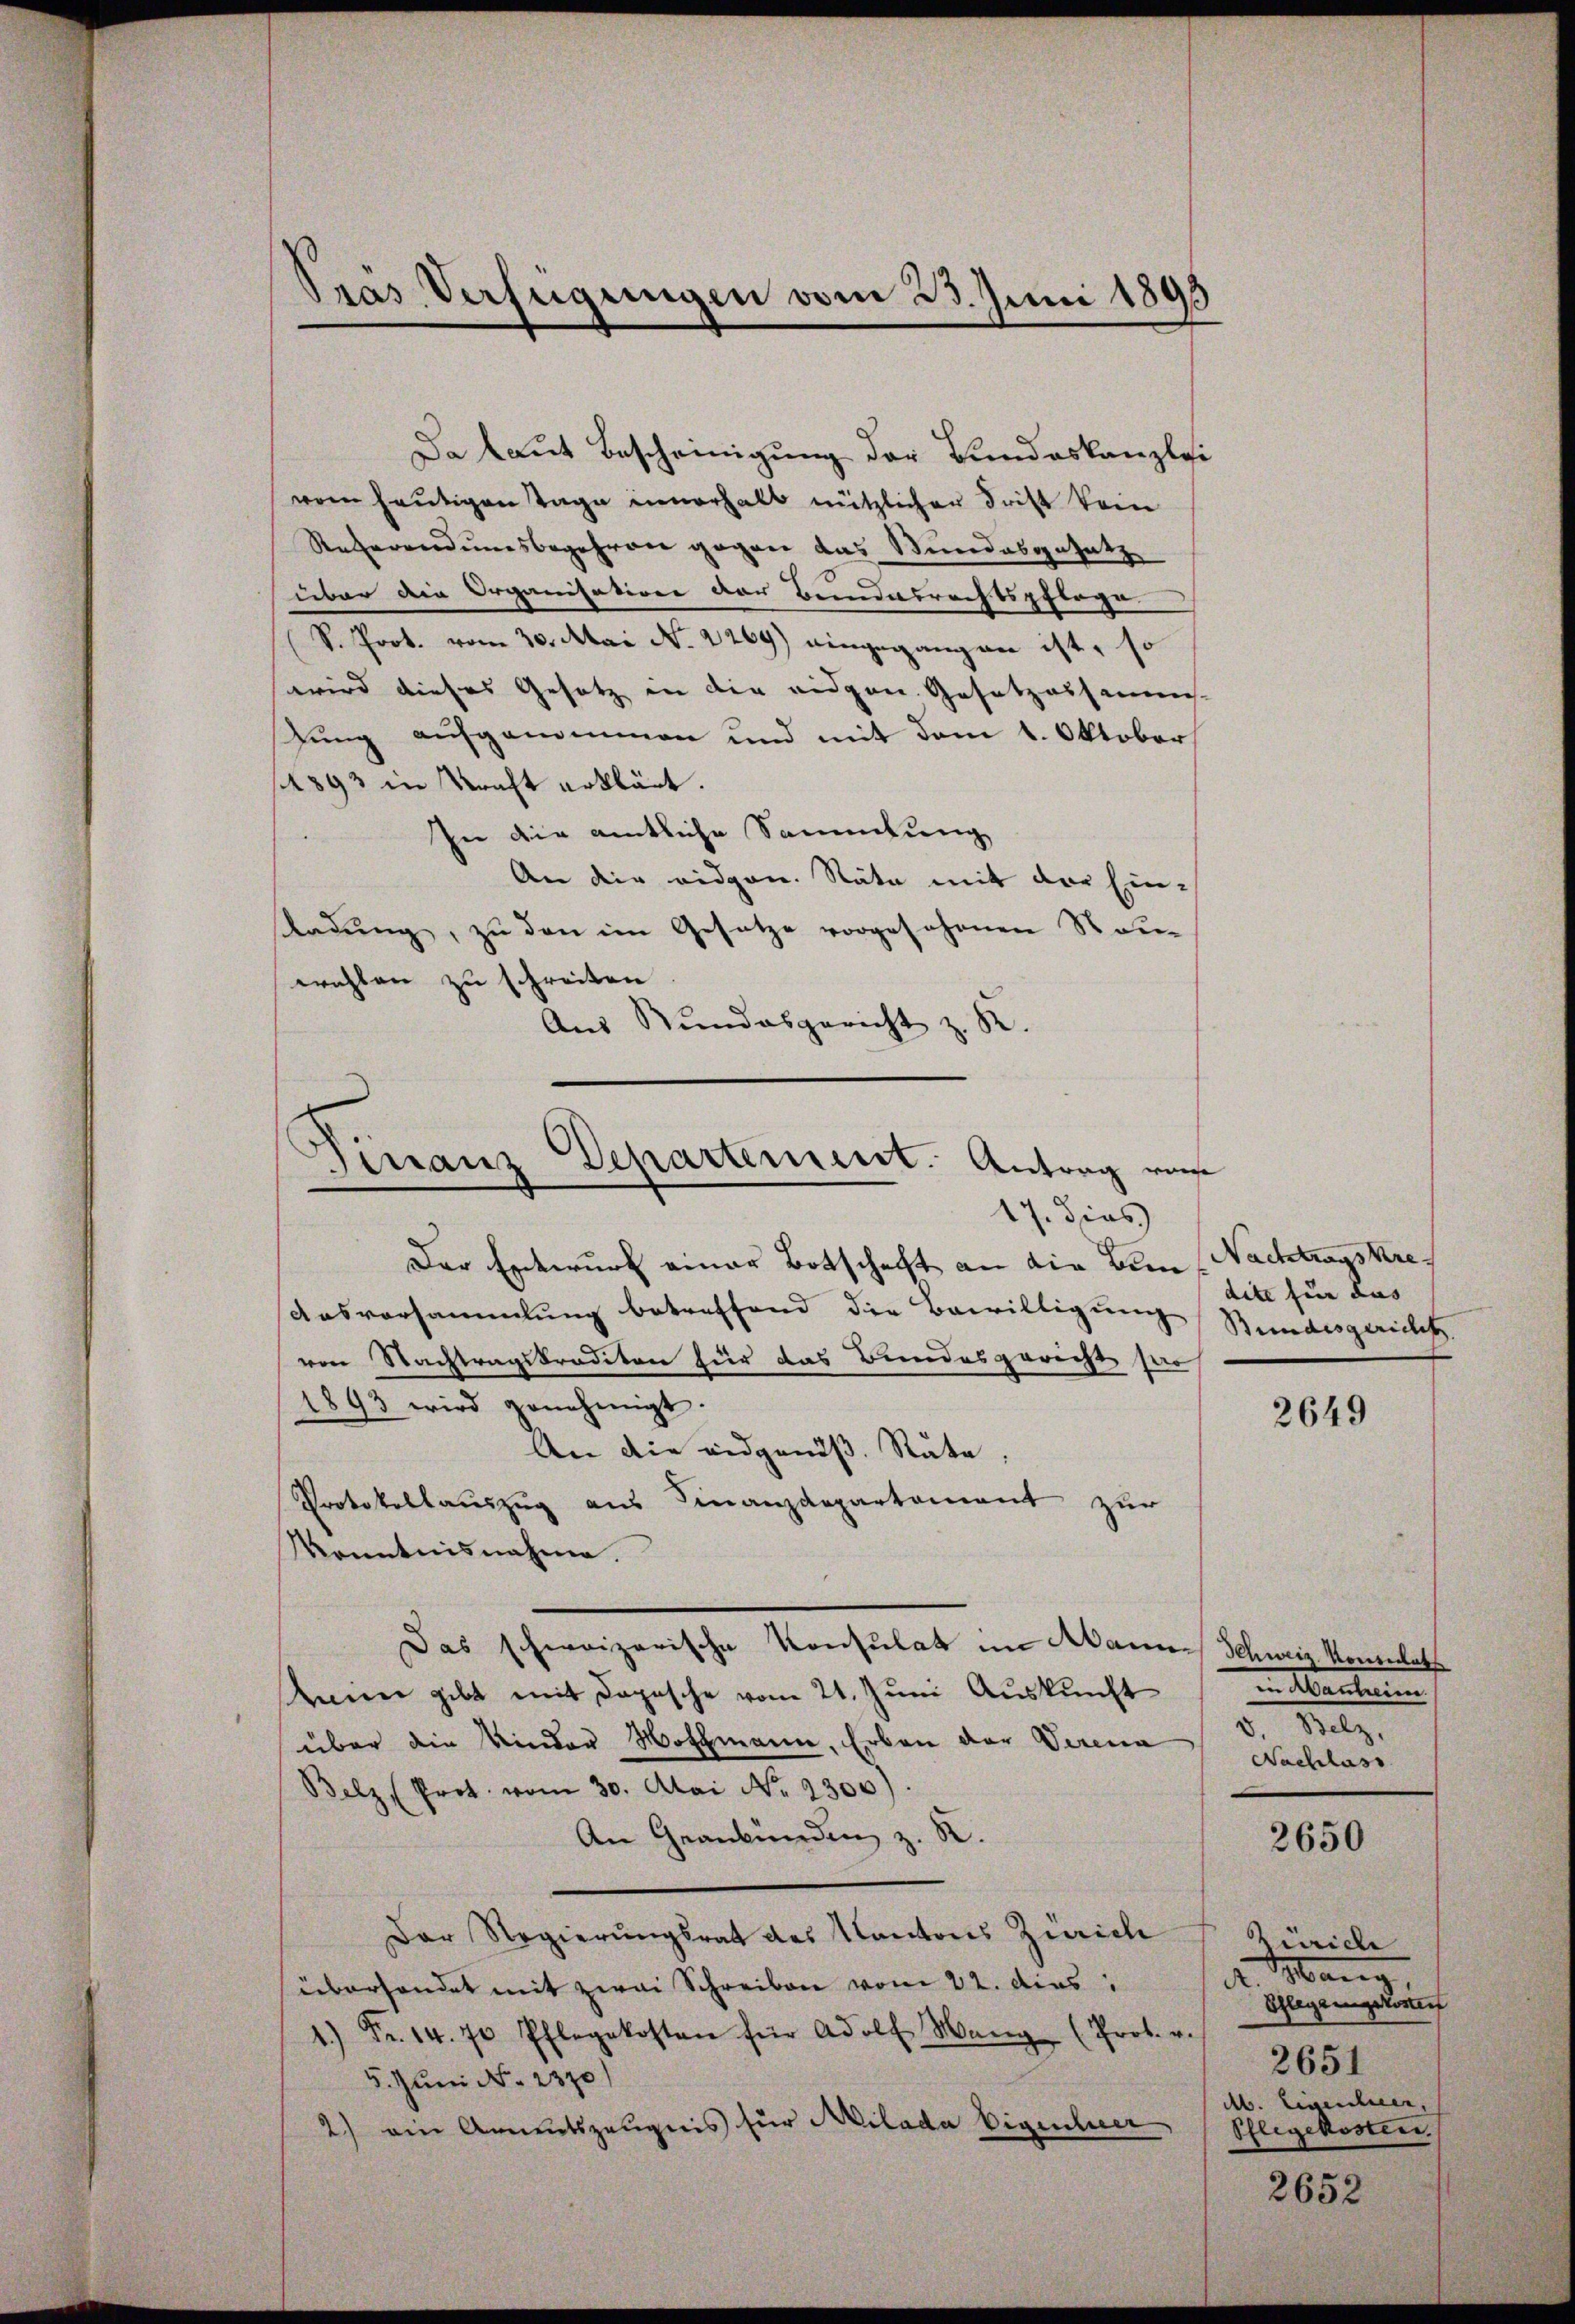
dras Verfügungen vom 23. Juni 1893

Da laut Bescheinigung der Bundeskanzlei
wem heutigen Tage innerhalb nützlicher Frist kom
Referendumsbegehren gegen das Bundesgesetz
über die Organisatione der Beindesrechtspflege
S. Prot. vom 30. Mai No. 2269) eingegangen ist, so
wird dieses Gesetz in die eidgen. Gesetzessamm-
Jung aufgenommen und mit dem 1. Oktober
1893 in Kraft erklärt.
In die amtliche Sammlung
An die eidgen. Räte mit der Einladung, zu den im Gesetze vorgesehenen Rauwahlen zu schreiten
Aus Stundesgericht z. R.

manz Departement. Antrag von
17. dies
Der Entwurf einer Botschaft an die Bern Nachtragskre¬

Ausvorsammlung betreffend die Bewilligung Stundesgericht
ven Nachtragskrediton für das Bundesgericht sa
1893 wird genehmigt.
An die eidgenöß. Räte
Protokollauszug aus Finanzdepartement zur
Konntnisnahme.
Das schweizerische Konsulat im Mannes Schweiz. Kommathe
keine gibt mit Dapasche vom 21. Juni Auskunft
über die Kinder Nothmann, Erben der Verena
Belz (Prot. vom 30. Mai No 2300).
An Graubünden z. R.
Der Regierungsrat des Kantons Zürich
überhandet mit zwei Schreiben vom 22. dies
.) Fr. 14. 70 Pflegekosten für Adolf Wang (Prot. v.
5. Juni No 2370)
2) ein Armutszeugnis für Milada Eigenher

dite für das

2649

in Manheim.
v. Be
Nachlass

2650

Zürich
. Man
Pflegungskoment
2651
Ab. Eisentier,
Pflegekosten.

2652